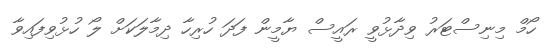
ހޯމް މިނިސްޓަރު ވިދާޅުވީ ރައީސް ޔާމީން ފަދަ ހުރިހާ ދިމާލަކަށް ލޯ ހުޅުވިފައިވާ